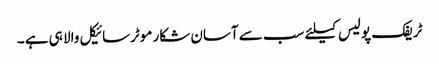
ٹریفک پولیس کیلئے سب سے آسان شکار موٹرسائیکل والا ہی ہے ۔